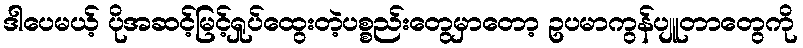
ဒါပေမယ့် ပိုအဆင့်မြင့်ရှုပ်ထွေးတဲ့ပစ္စည်းတွေမှာတော့ ဥပမာကွန်ပျူတာတွေကို